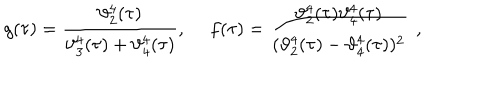
g ( \tau ) = \frac { \vartheta _ { 2 } ^ { 4 } ( \tau ) } { \vartheta _ { 3 } ^ { 4 } ( \tau ) + \vartheta _ { 4 } ^ { 4 } ( \tau ) } , ~ ~ f ( \tau ) = \frac { \vartheta _ { 2 } ^ { 4 } ( \tau ) \vartheta _ { 4 } ^ { 4 } ( \tau ) } { ( \vartheta _ { 2 } ^ { 4 } ( \tau ) - \vartheta _ { 4 } ^ { 4 } ( \tau ) ) ^ { 2 } } ~ \, ,